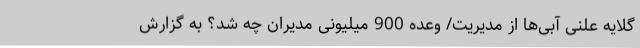
گلایه علنی آبی‌ها از مدیریت/ وعده 900 میلیونی مدیران چه شد؟ به گزارش